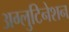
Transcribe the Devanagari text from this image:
अग्लुटिनेशन